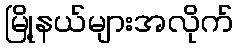
မြို့နယ်များအလိုက်